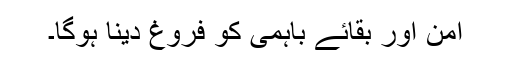
امن اور بقائے باہمی کو فروغ دینا ہوگا۔